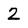
Character: 2